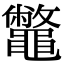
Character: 鼈